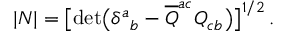
| N | = \bigl [ \operatorname * { d e t } \bigl ( \delta ^ { a } { } _ { b } - { \overline { { Q } } } ^ { a c } Q _ { c b } \bigr ) \bigr ] ^ { 1 / 2 } \, .